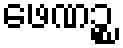
ဖေဏဉ္စ